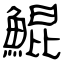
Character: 鯤